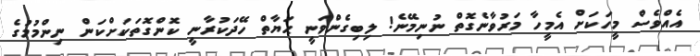
އެއްވެސް މީހަކަށް އެމީހާ މަރުވާނެގޮތް ނުނިމޭނެ! ލިބިގެންވަނީ ޙަޔާތް ހޭދަކުރާނީ ކޮންގޮތަކަށްކަން ނިންމުމުގެ